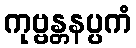
ကုဗ္ဗန္တနပ္ပကံ